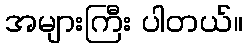
အများကြီး ပါတယ်။